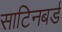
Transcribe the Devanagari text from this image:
साटिनबर्ड